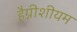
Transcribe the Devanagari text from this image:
हैग्नीशीयम